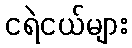
ငရဲငယ်များ